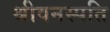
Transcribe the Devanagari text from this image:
श्रीवनस्पति